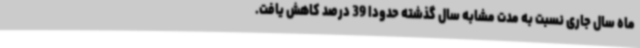
ماه سال جاری نسبت به مدت مشابه سال گذشته حدودا 39 درصد کاهش یافت.